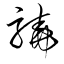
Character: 驍